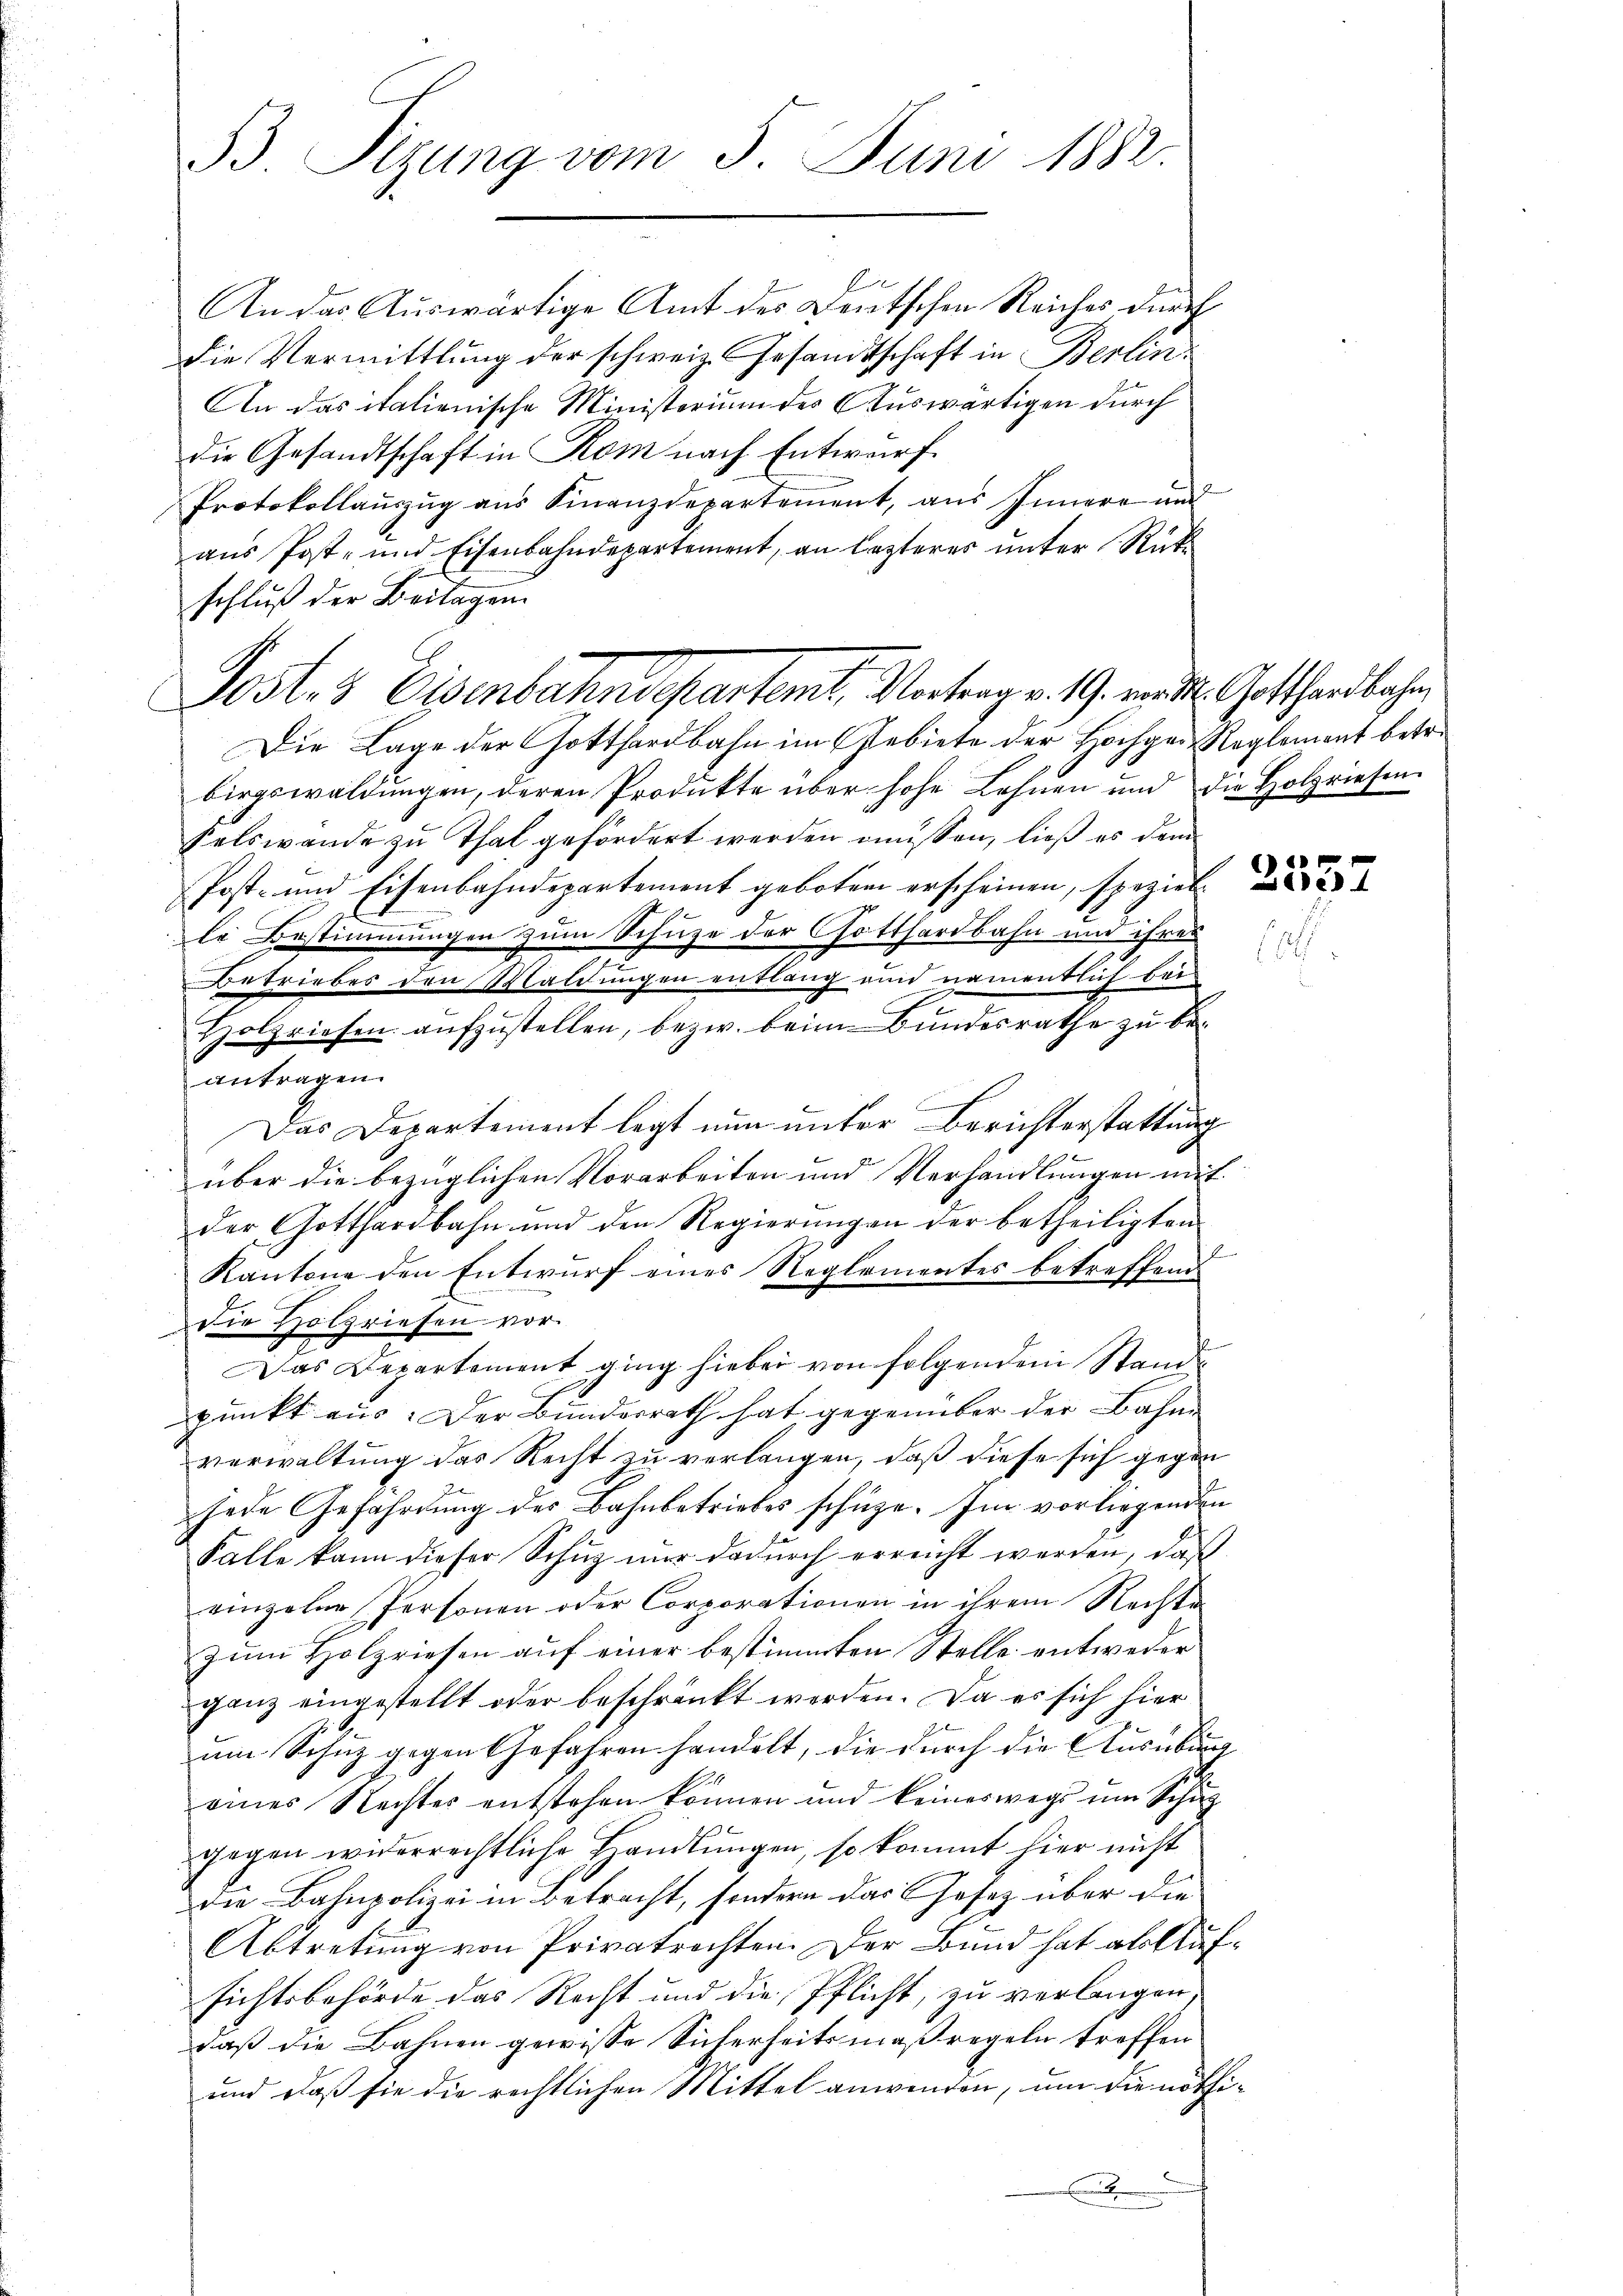
B. Sizung vom 5. Juni 1882.

Postes Eisenbahndepartemb. Vortrag v. 19. v. Gotthardbahn

An das Auswärtige Amt des Deutschen Reiches durch
die Vermittlung der schweiz. Gesamtschaft in Berlin
An das italienische Ministerium des Auswärtigen durch
die Gesandtschaft in Rom nach Entwurf.
Protokollauszug aus Finanzdepartement, aus Innere und
aus Post- und Eisenbahndepartement, an lezteres unter Rückschluß der Beilagen.
Die Lage der Gotthardbahn im Gebiete der Hochger-Reglement betr.
birgswaldungen, deren Produkte über hohe Lehnen und die Holzriesen
selswande zu Thal gefördert werden müssen, ließ es dem
Post- und Eisenbahndepartement geboten erscheinen, speziel
le Bestimmungen zum Schuze der Gotthardbahn und ihres
s
Betriebes den Waldungen entlang und namentlich bei
Holzriefen aufzustellen, bezw. beim Bundesrathe zu beantragen.
Das Departement legt nun unter Berichterstattung
über die bezüglichen Vorarbeiten und Verhandlungen mit
der Gotthardbahn und den Regierungen der betheiligten
Kantone den Entwurf eines Reglementes betreffend
die Holzriefen vor.
Das Departement ging hiebei von folgendem Standpunkt aus. Der Bundesrath hat gegenüber der Bahne
verwaltung das Recht zu verlangen, daß diese sich gegen
jede Gefährdung des Bahnbetriebes schüze. Im vorliegenden
Falle kann dieser Schuz nur dadurch erreicht werden, daß
einzelne Personen oder Corporationen in ihrem Rechte
zum Holzriesen auf einer bestimmten Stelle entweder
ganz eingestellt oder beschränkt werden. Da es sich hier
um Schuz gegen Gefahren handelt, die durch die Ausübung
eines Rechtes entstehen können und keineswegs um Schutz-
gegen widerrechtliche Handlungen, so kommt hier nicht
die Bahnpolizei in Betracht, sondern das Gesez über die
Abtretung von Privatrechten. Der Bund hat ab Aufsichtsbehörde das Recht und die Pflicht, zu verlangen,
daß die Bahnen gewisse Sicherheitsmaßregeln treffen
und daß sie die rechtlichen Mittel anwenden, um die nöthit